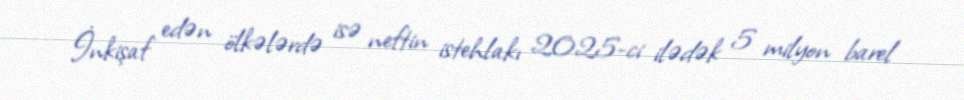
İnkişaf edən ölkələrdə isə neftin istehlakı 2025-ci ilədək 5 milyon barel